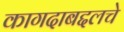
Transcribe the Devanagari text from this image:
कागदाबद्दलचे